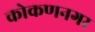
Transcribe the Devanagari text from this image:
कोकणनगर